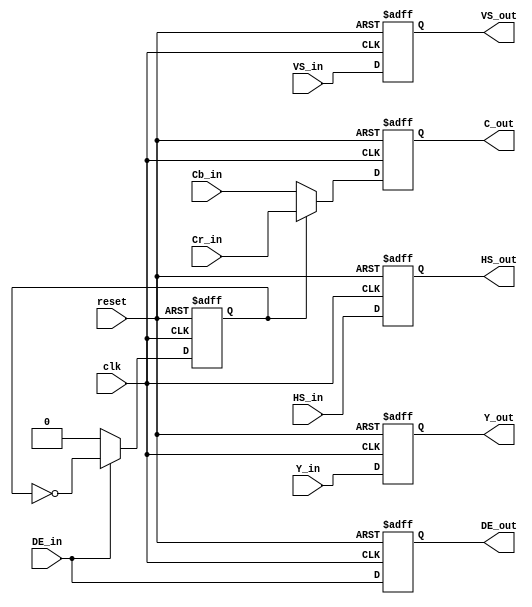
//
//-----------------------------------------------------------------------------
// Filename: 
//		YCbCr422YC.v
// Description: 
//    time code	
// Author & Date:
//		Created by Zhangjilong, on 2012-09-22
//    	Updated by Zhangjilong, on 2012-09-22
//-----------------------------------------------------------------------------
//

module YCbCr2YC
	#(
	  parameter  C_DATA_WIDTH  = 10
	)
	(
		  input wire        reset,
		  input wire        clk  ,
		  input wire        VS_in ,
		  input wire        HS_in ,
		  input wire        DE_in ,
		  input wire[C_DATA_WIDTH-1 : 0]  Y_in  ,
		  input wire[C_DATA_WIDTH-1 : 0] Cb_in  ,
		  input wire[C_DATA_WIDTH-1 : 0] Cr_in  ,
		 output reg         VS_out ,
		 output reg         HS_out ,
		 output reg         DE_out ,
		 output reg [C_DATA_WIDTH-1 : 0] Y_out  ,
		 output reg [C_DATA_WIDTH-1 : 0] C_out 
	);

	reg div;
	
	always @(posedge clk or posedge reset)
	begin
		if(reset)
		begin
			div <= 0;
		end
		else if(DE_in)
		begin
			div <= ~div;	
		end
		else
		begin
			div <= 0;	
		end
	end	
                               
	always @(posedge clk or posedge reset)
	begin
		if(reset)
		begin
			VS_out  <= 1'b1;
			HS_out  <= 1'b1;
	    DE_out  <= 0;
	     Y_out  <= 0;
	     C_out  <= 0;
		end
		else
		begin
			VS_out  <= VS_in;
			HS_out  <= HS_in;
	    DE_out <= DE_in;
	    Y_out  <= Y_in;
	    if(div)
	    begin
	    	C_out  <= Cr_in;
	    end
	    else
	    begin
	    	C_out  <= Cb_in;
	    end
		end
	end
    	
endmodule